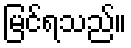
မြင်ရသည်။